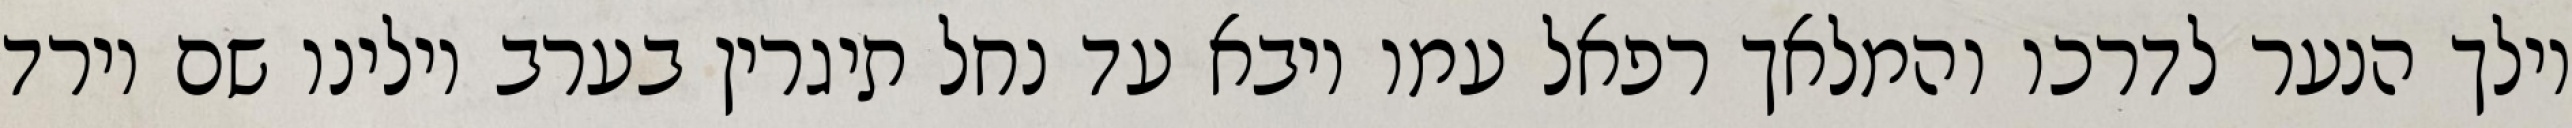
וילך הנער לדרכו והמלאך רפאל עמו ויבא עד נחל תיגרין בערב וילינו שם וירד